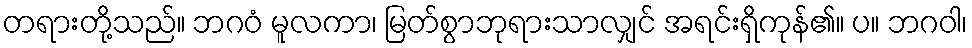
တရားတို့သည်။ ဘဂဝံ မူလကာ၊ မြတ်စွာဘုရားသာလျှင် အရင်းရှိကုန်၏။ ပ။ ဘဂဝါ၊